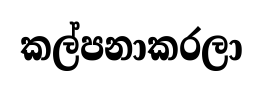
කල්පනාකරලා